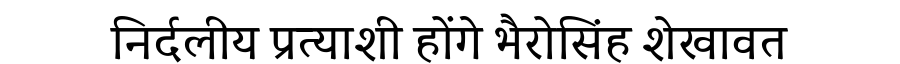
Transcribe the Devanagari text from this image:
निर्दलीय प्रत्याशी होंगे भैरोसिंह शेखावत